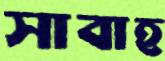
সাবাহ